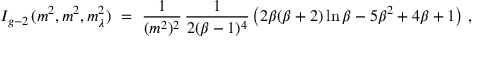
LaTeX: I _ { g - 2 \, } ( m ^ { 2 } , m ^ { 2 } , m _ { \lambda } ^ { 2 } ) \ = \ \frac { 1 } { ( m ^ { 2 } ) ^ { 2 } } \, \frac { 1 } { 2 ( \beta - 1 ) ^ { 4 } } \left( 2 \beta ( \beta + 2 ) \ln \beta - 5 \beta ^ { 2 } + 4 \beta + 1 \right) \, ,